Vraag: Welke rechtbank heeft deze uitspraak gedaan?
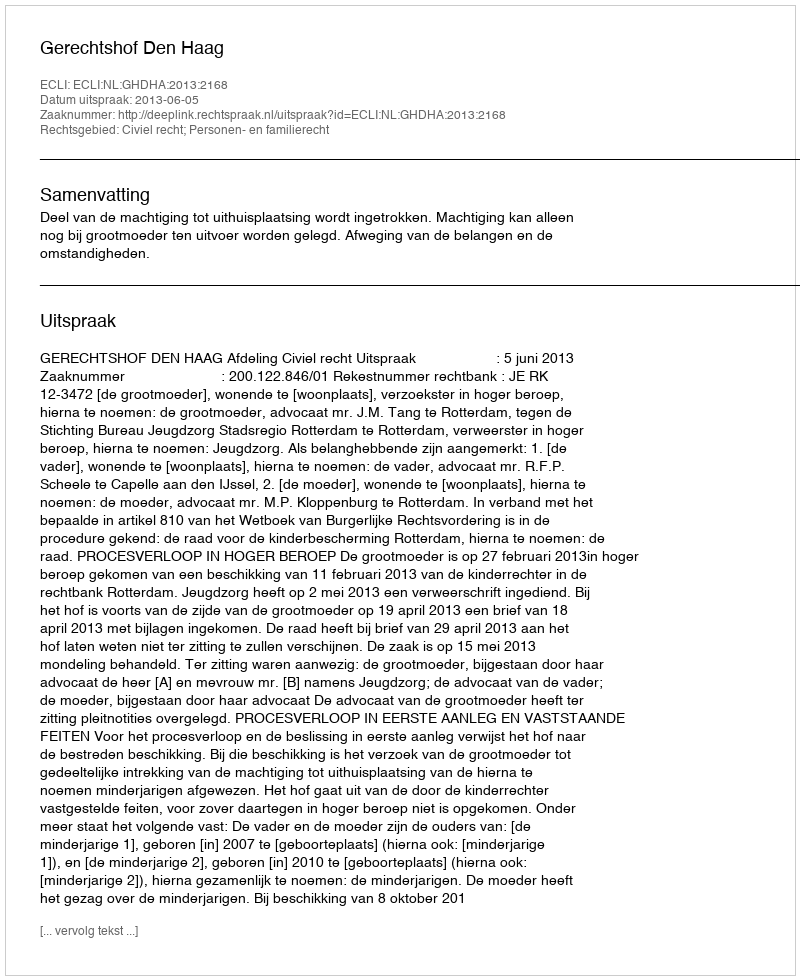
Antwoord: Gerechtshof Den Haag